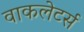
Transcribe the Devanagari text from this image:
वाकलेटर्स